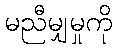
မညီမျှမှုကို